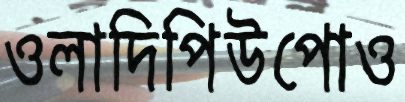
ওলাদিপিউপোও